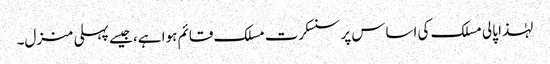
لہٰذا پالی مسلک کی اساس پر سنسکرت مسلک قائم ہوا ہے، جیسے پہلی منزل۔